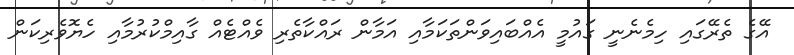
އޭގެ ތެރޭގައި ހިމެނެނީ ގައުމީ އެއްބައިވަންތަކަމާއި އަމާން ރައްކާތެރި ވެއްޓެއް ގާއިމްކުރުމާއި ހެޔޮވެރިކަން